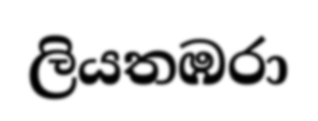
ලියතඹරා